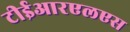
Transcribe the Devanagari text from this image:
टीईआरएलएस